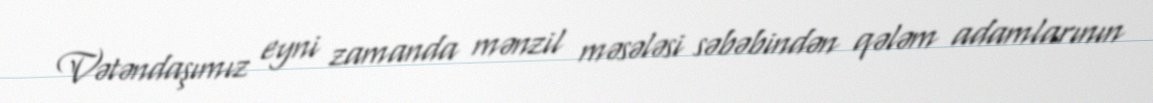
Vətəndaşımız eyni zamanda mənzil məsələsi səbəbindən qələm adamlarının